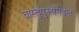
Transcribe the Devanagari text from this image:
वास्तुपुरूषमंडल